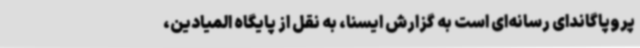
پروپاگاندای رسانه‌ای است به گزارش ایسنا، به نقل از پایگاه المیادین،